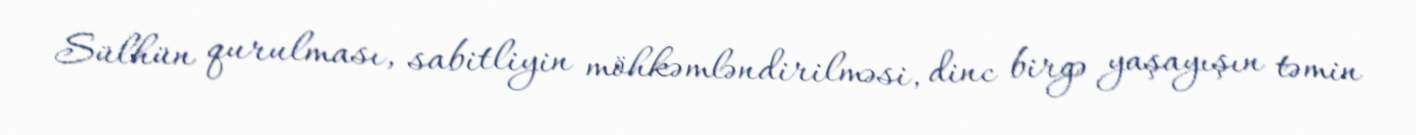
Sülhün qurulması, sabitliyin möhkəmləndirilməsi, dinc birgə yaşayışın təmin